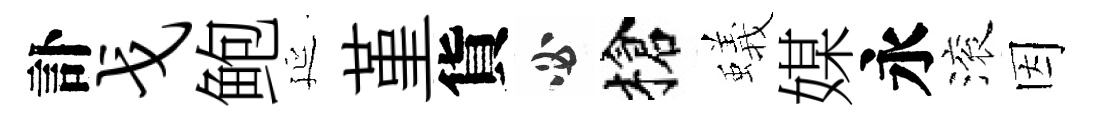
訃戈鲍延堇貨必槍蟻媒永滚因